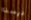
درسنا